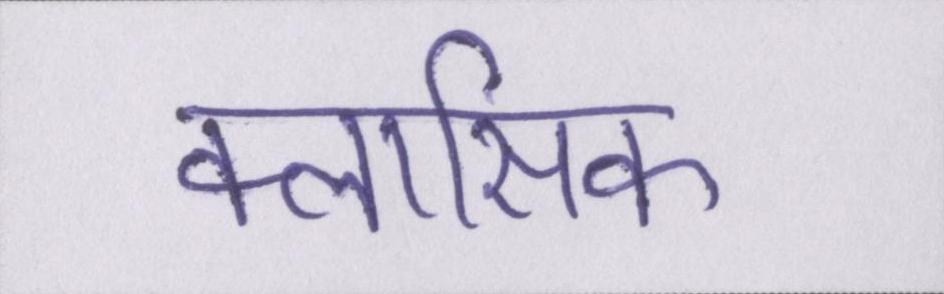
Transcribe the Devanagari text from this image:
क्लासिक